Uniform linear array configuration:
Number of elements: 24
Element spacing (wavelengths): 0.25
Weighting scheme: kaiser
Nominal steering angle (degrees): -45
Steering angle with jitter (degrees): -43.565
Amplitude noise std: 0.05
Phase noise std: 0.05

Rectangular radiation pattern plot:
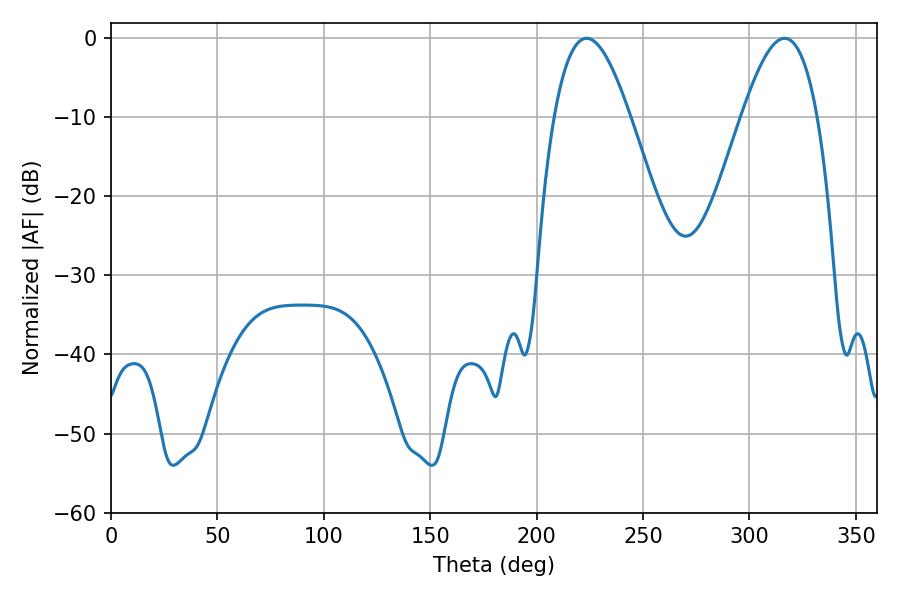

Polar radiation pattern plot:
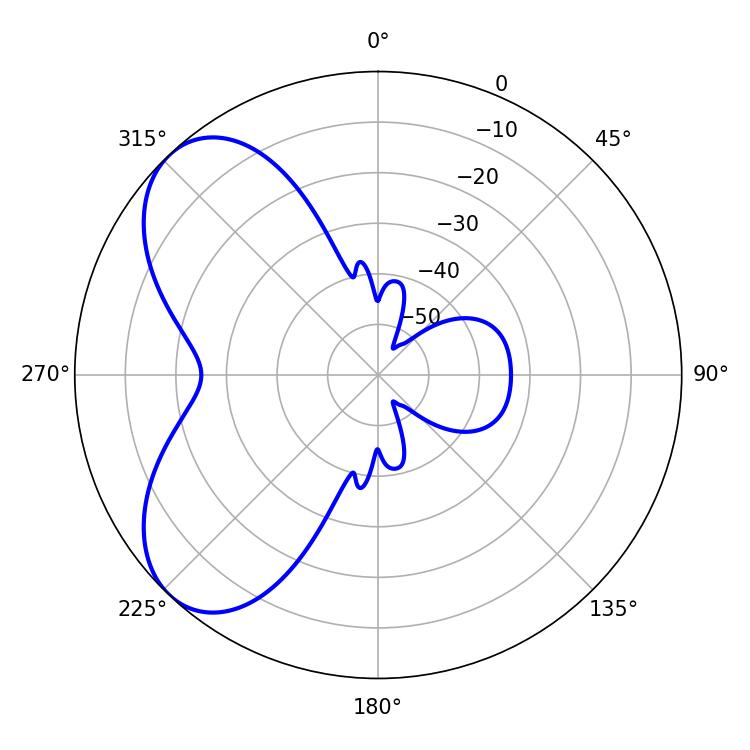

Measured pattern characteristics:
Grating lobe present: FALSE
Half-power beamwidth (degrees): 19.44
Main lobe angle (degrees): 223.56